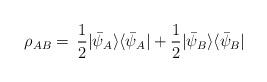
LaTeX: \begin{align*}\rho_{AB}=\,\frac{1}{2}|\bar{\psi}_A\rangle\langle \bar{\psi}_A|+ \frac{1}{2}|\bar{\psi}_B\rangle\langle \bar{\psi}_B|\end{align*}